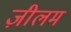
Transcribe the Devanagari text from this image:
ज़ीलम